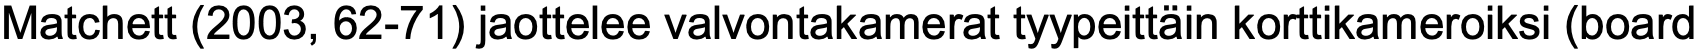
Matchett (2003, 62-71) jaottelee valvontakamerat tyypeittäin korttikameroiksi (board